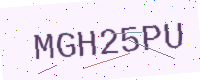
Text: MGH25PU